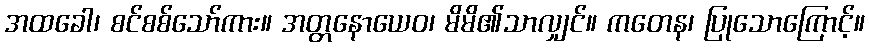
အထခေါ၊ စင်စစ်သော်ကား။ အတ္တနောယေဝ၊ မိမိ၏သာလျှင်။ ကတေန၊ ပြုသောကြောင့်။